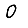
Digit: 0